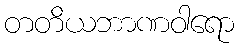
တတိယဘာဏဝါရော